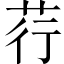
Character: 荇